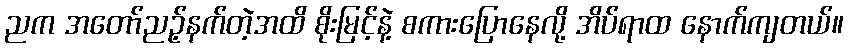
ညက အတော်ညဉ့်နက်တဲ့အထိ စိုးမြင့်နဲ့ စကားပြောနေလို့ အိပ်ရာထ နောက်ကျတယ်။